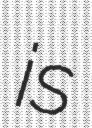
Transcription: is